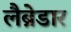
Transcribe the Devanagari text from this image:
लैब्रेडार